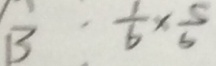
B : \frac { 1 } { 6 } \times \frac { 5 } { 6 }